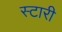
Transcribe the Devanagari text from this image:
स्टारी